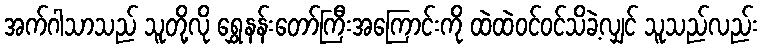
အက်ဂါသာသည် သူတို့လို ရွှေနန်းတော်ကြီးအကြောင်းကို ထဲထဲဝင်ဝင်သိခဲ့လျှင် သူသည်လည်း